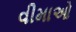
વીમાઓ